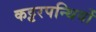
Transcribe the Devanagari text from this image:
कट्टरपन्थियों